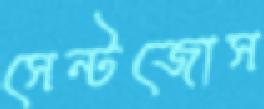
সেন্টজোস